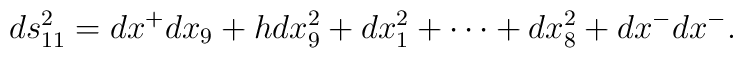
ds_{11}^2 = dx^+ dx_9 + h dx_9^2 + dx_1^2 + \cdots + dx_8^2 + dx^- dx^-  .